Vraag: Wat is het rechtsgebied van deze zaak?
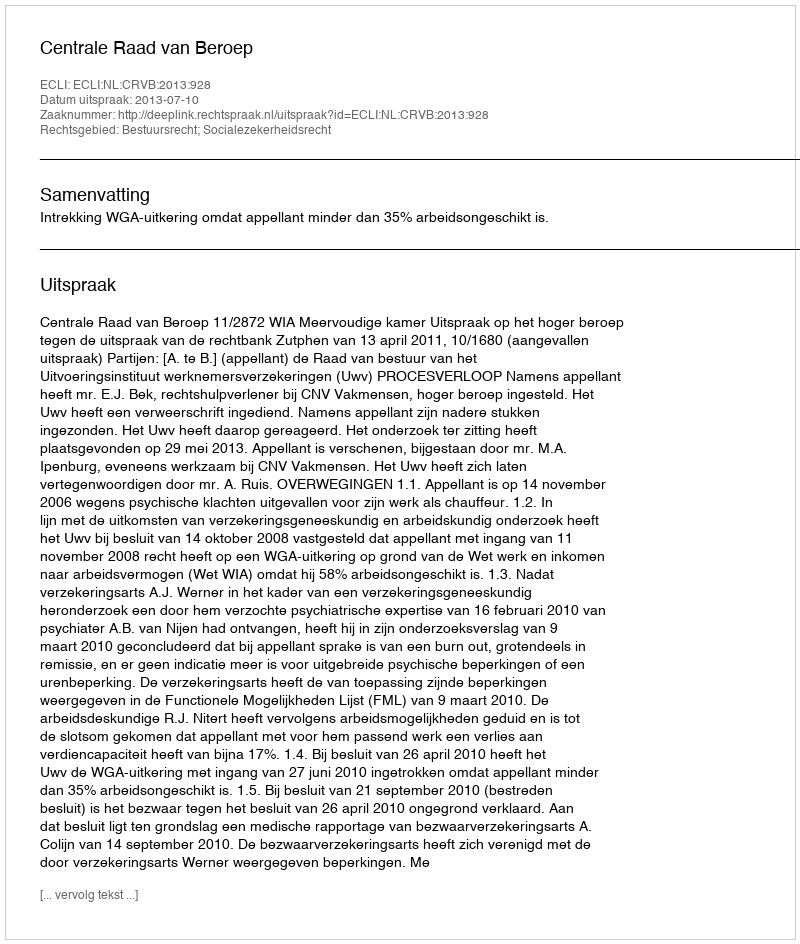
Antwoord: Bestuursrecht; Socialezekerheidsrecht